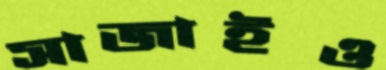
সাজাইও